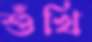
শুঁখি